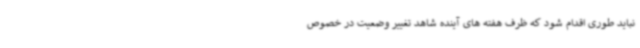
نباید طوری اقدام شود که ظرف هفته های آینده شاهد تغییر وضعیت در خصوص